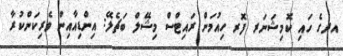
އދގެ ހައި ކޮމިޝަނަރ ފޮރ ހިއުމަން ރައިޓްސް މިޝޭލް ބަޗެލޭ: އިންޑިއާއިން ވެރިކަންކުރާ